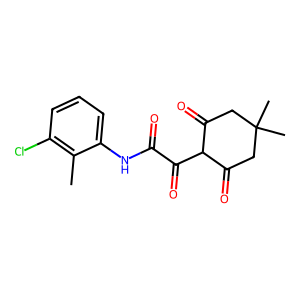
SMILES: Cc1c(Cl)cccc1NC(=O)C(=O)C1C(=O)CC(C)(C)CC1=O
Inhibits HIV replication: No